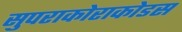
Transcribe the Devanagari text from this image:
सुपराकोराकोडस